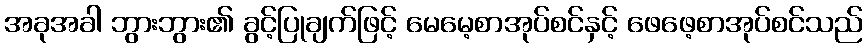
အခုအခါ ဘွားဘွား၏ ခွင့်ပြုချက်ဖြင့် မေမေ့စာအုပ်စင်နှင့် ဖေဖေ့စာအုပ်စင်သည်